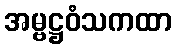
အမ္ဗဋ္ဌဝံသကထာ